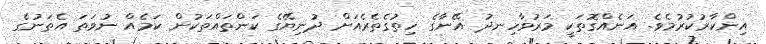
އިންކާރުކުރުމެވެ. އަނެއްގޮތަކީ މަރުވާހިނދު އޭނާގެ ހިތުގެތެރެއަށް ދުނިޔޭގެ ކަންތައްތަކުން ކަމެއް ނުވަތަ އެތަނުގެ